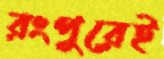
রংপুরেই